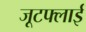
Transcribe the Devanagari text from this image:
जूटफ्लाई